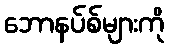
ဘောနပ်စ်များကို